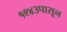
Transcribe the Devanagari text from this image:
१९४३पासून